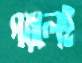
পরলেই